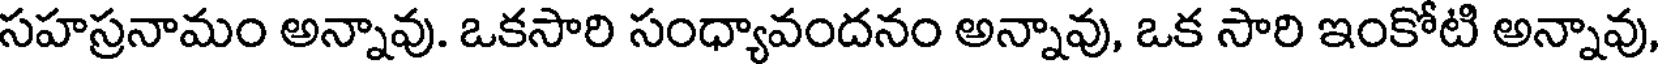
సహస్రనామం అన్నావు. ఒకసారి సంధ్యావందనం అన్నావు, ఒక సారి ఇంకోటి అన్నావు,